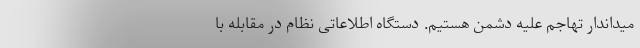
میداندار تهاجم علیه دشمن هستیم. دستگاه اطلاعاتی نظام در مقابله با